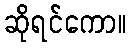
ဆိုရင်ကော။